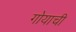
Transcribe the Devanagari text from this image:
गोयाची